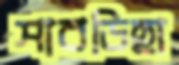
সাবডিহা